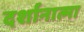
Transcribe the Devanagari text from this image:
दर्शानात्मा